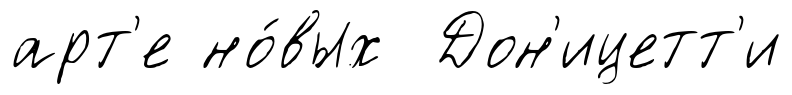
арт'е но́вых Дон'ицетт'и